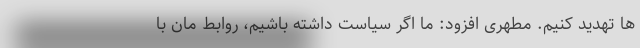
ها تهدید کنیم. مطهری افزود: ما اگر سیاست داشته باشیم، روابط مان با